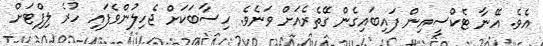
އެވެ. އޭނާ ޓެކްސީއިން ފައިބައިގެން ގޭތެރެއަށް ވަނެވެ. ހިސާބަކަށް ޖެހިލުންވެފައި ހުރެ ލިފްޓަށް